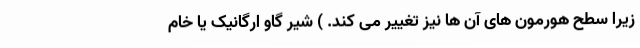
زیرا سطح هورمون های آن ها نیز تغییر می کند. ) شیر گاو ارگانیک یا خام